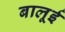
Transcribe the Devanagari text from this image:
बालूई